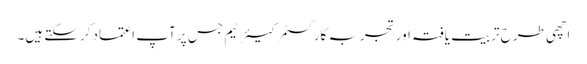
اچھی طرح تربیت یافتہ اور تجربہ کار کسٹمر کیئر ٹیم جس پر آپ اعتماد کرسکتے ہیں۔